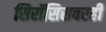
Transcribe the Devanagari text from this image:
सिरॉसिसवरही